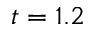
t = 1 . 2